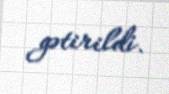
gətirildi.